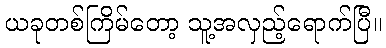
ယခုတစ်ကြိမ်တော့ သူ့အလှည့်ရောက်ပြီ။